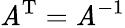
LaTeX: \mathit{A}^{\mathrm{{T}}}=\mathit{A}^{-1}